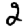
Digit: 2